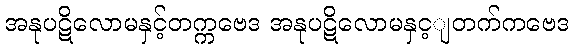
အနုပဋိလောမနှင့်တက္ကဗေဒ အနုပဋိလောမနှင့ျတက်ကဗေဒ